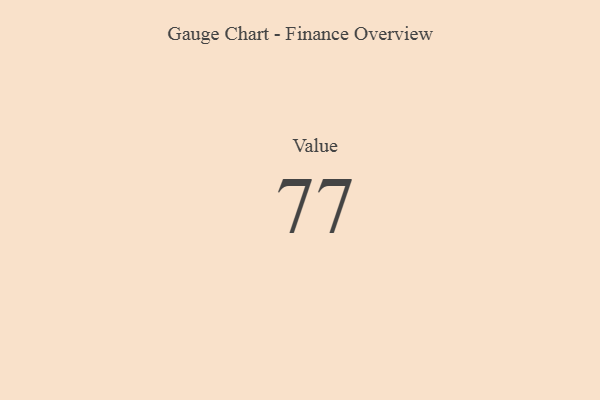
{"axis": {"x": "Metric", "y": "Value"}, "legend": [""], "data": [{"x": "Value", "y": 77, "type": ""}]}